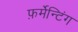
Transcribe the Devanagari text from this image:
फ़र्मेन्टिंग